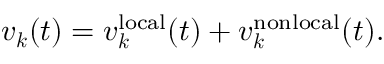
\begin{array} { r } { \boldsymbol v _ { \boldsymbol k } ( t ) = \boldsymbol v _ { \boldsymbol k } ^ { \mathrm { l o c a l } } ( t ) + \boldsymbol v _ { \boldsymbol k } ^ { \mathrm { n o n l o c a l } } ( t ) . } \end{array}